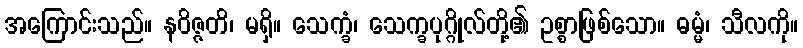
အကြောင်းသည်။ နဝိဇ္ဇတိ၊ မရှိ။ သေက္ခံ၊ သေက္ခပုဂ္ဂိုလ်တို့၏ ဥစ္စာဖြစ်သော။ ဓမ္မံ၊ သီလကို။